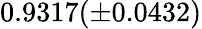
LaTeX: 0.9317(\pm 0.0432)